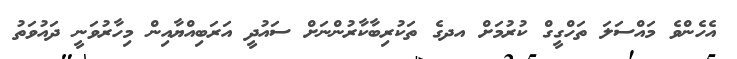
އެހެންވެ މައްސަލަ ތަހްގީގް ކުރުމަށް އދގެ ތަކުރިބާކާރުންނަށް ސައުދީ އަރަބިއްޔާއިން މިހާރުވަނީ ދައުވަތު